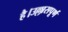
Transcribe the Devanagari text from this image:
है।उल्लासपूर्ण